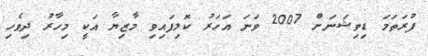
ފުރަތަމަ ޑިވިޝަނަށް 2007 ވަނަ އަހަރު ކޮލިފައިވި މާޒިޔާ އަކީ މިހާރު ދިވެހި